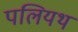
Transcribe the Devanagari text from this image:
पलियथ